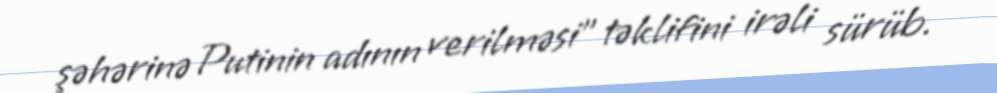
şəhərinə Putinin adının verilməsi” təklifini irəli sürüb.